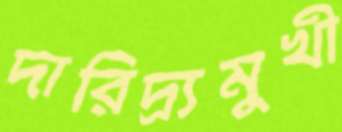
দারিদ্র্যমুখী